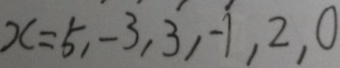
x = 5 , - 3 , 3 , - 1 , 2 , 0